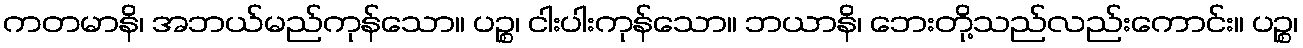
ကတမာနိ၊ အဘယ်မည်ကုန်သော။ ပဉ္စ၊ ငါးပါးကုန်သော။ ဘယာနိ၊ ဘေးတို့သည်လည်းကောင်း။ ပဉ္စ၊